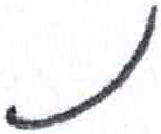
אות: נ